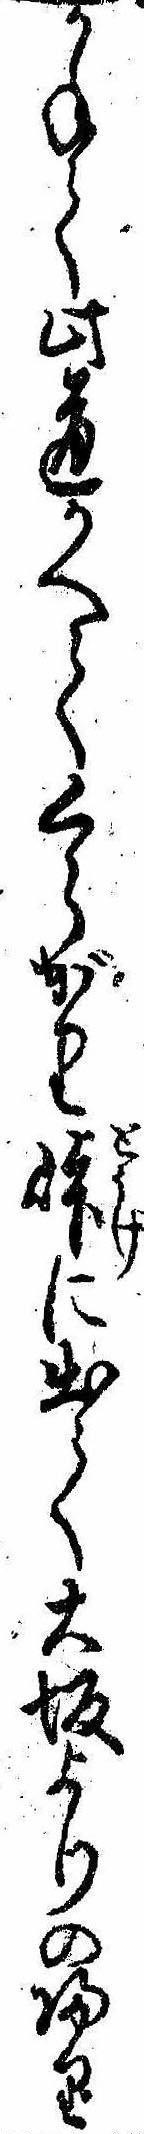
かねて此道かへてくらがり峠に出て大坂よりの帰り